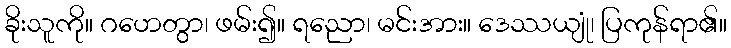
ခိုးသူကို။ ဂဟေတွာ၊ ဖမ်း၍။ ရညော၊ မင်းအား။ ဒေဿယျုံ၊ ပြကုန်ရာ၏။